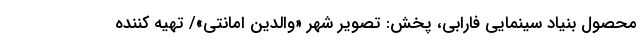
محصول بنیاد سینمایی فارابی، پخش: تصویر شهر «والدین امانتی»/ تهیه کننده